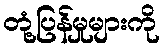
တုံ့ပြန်မှုများကို